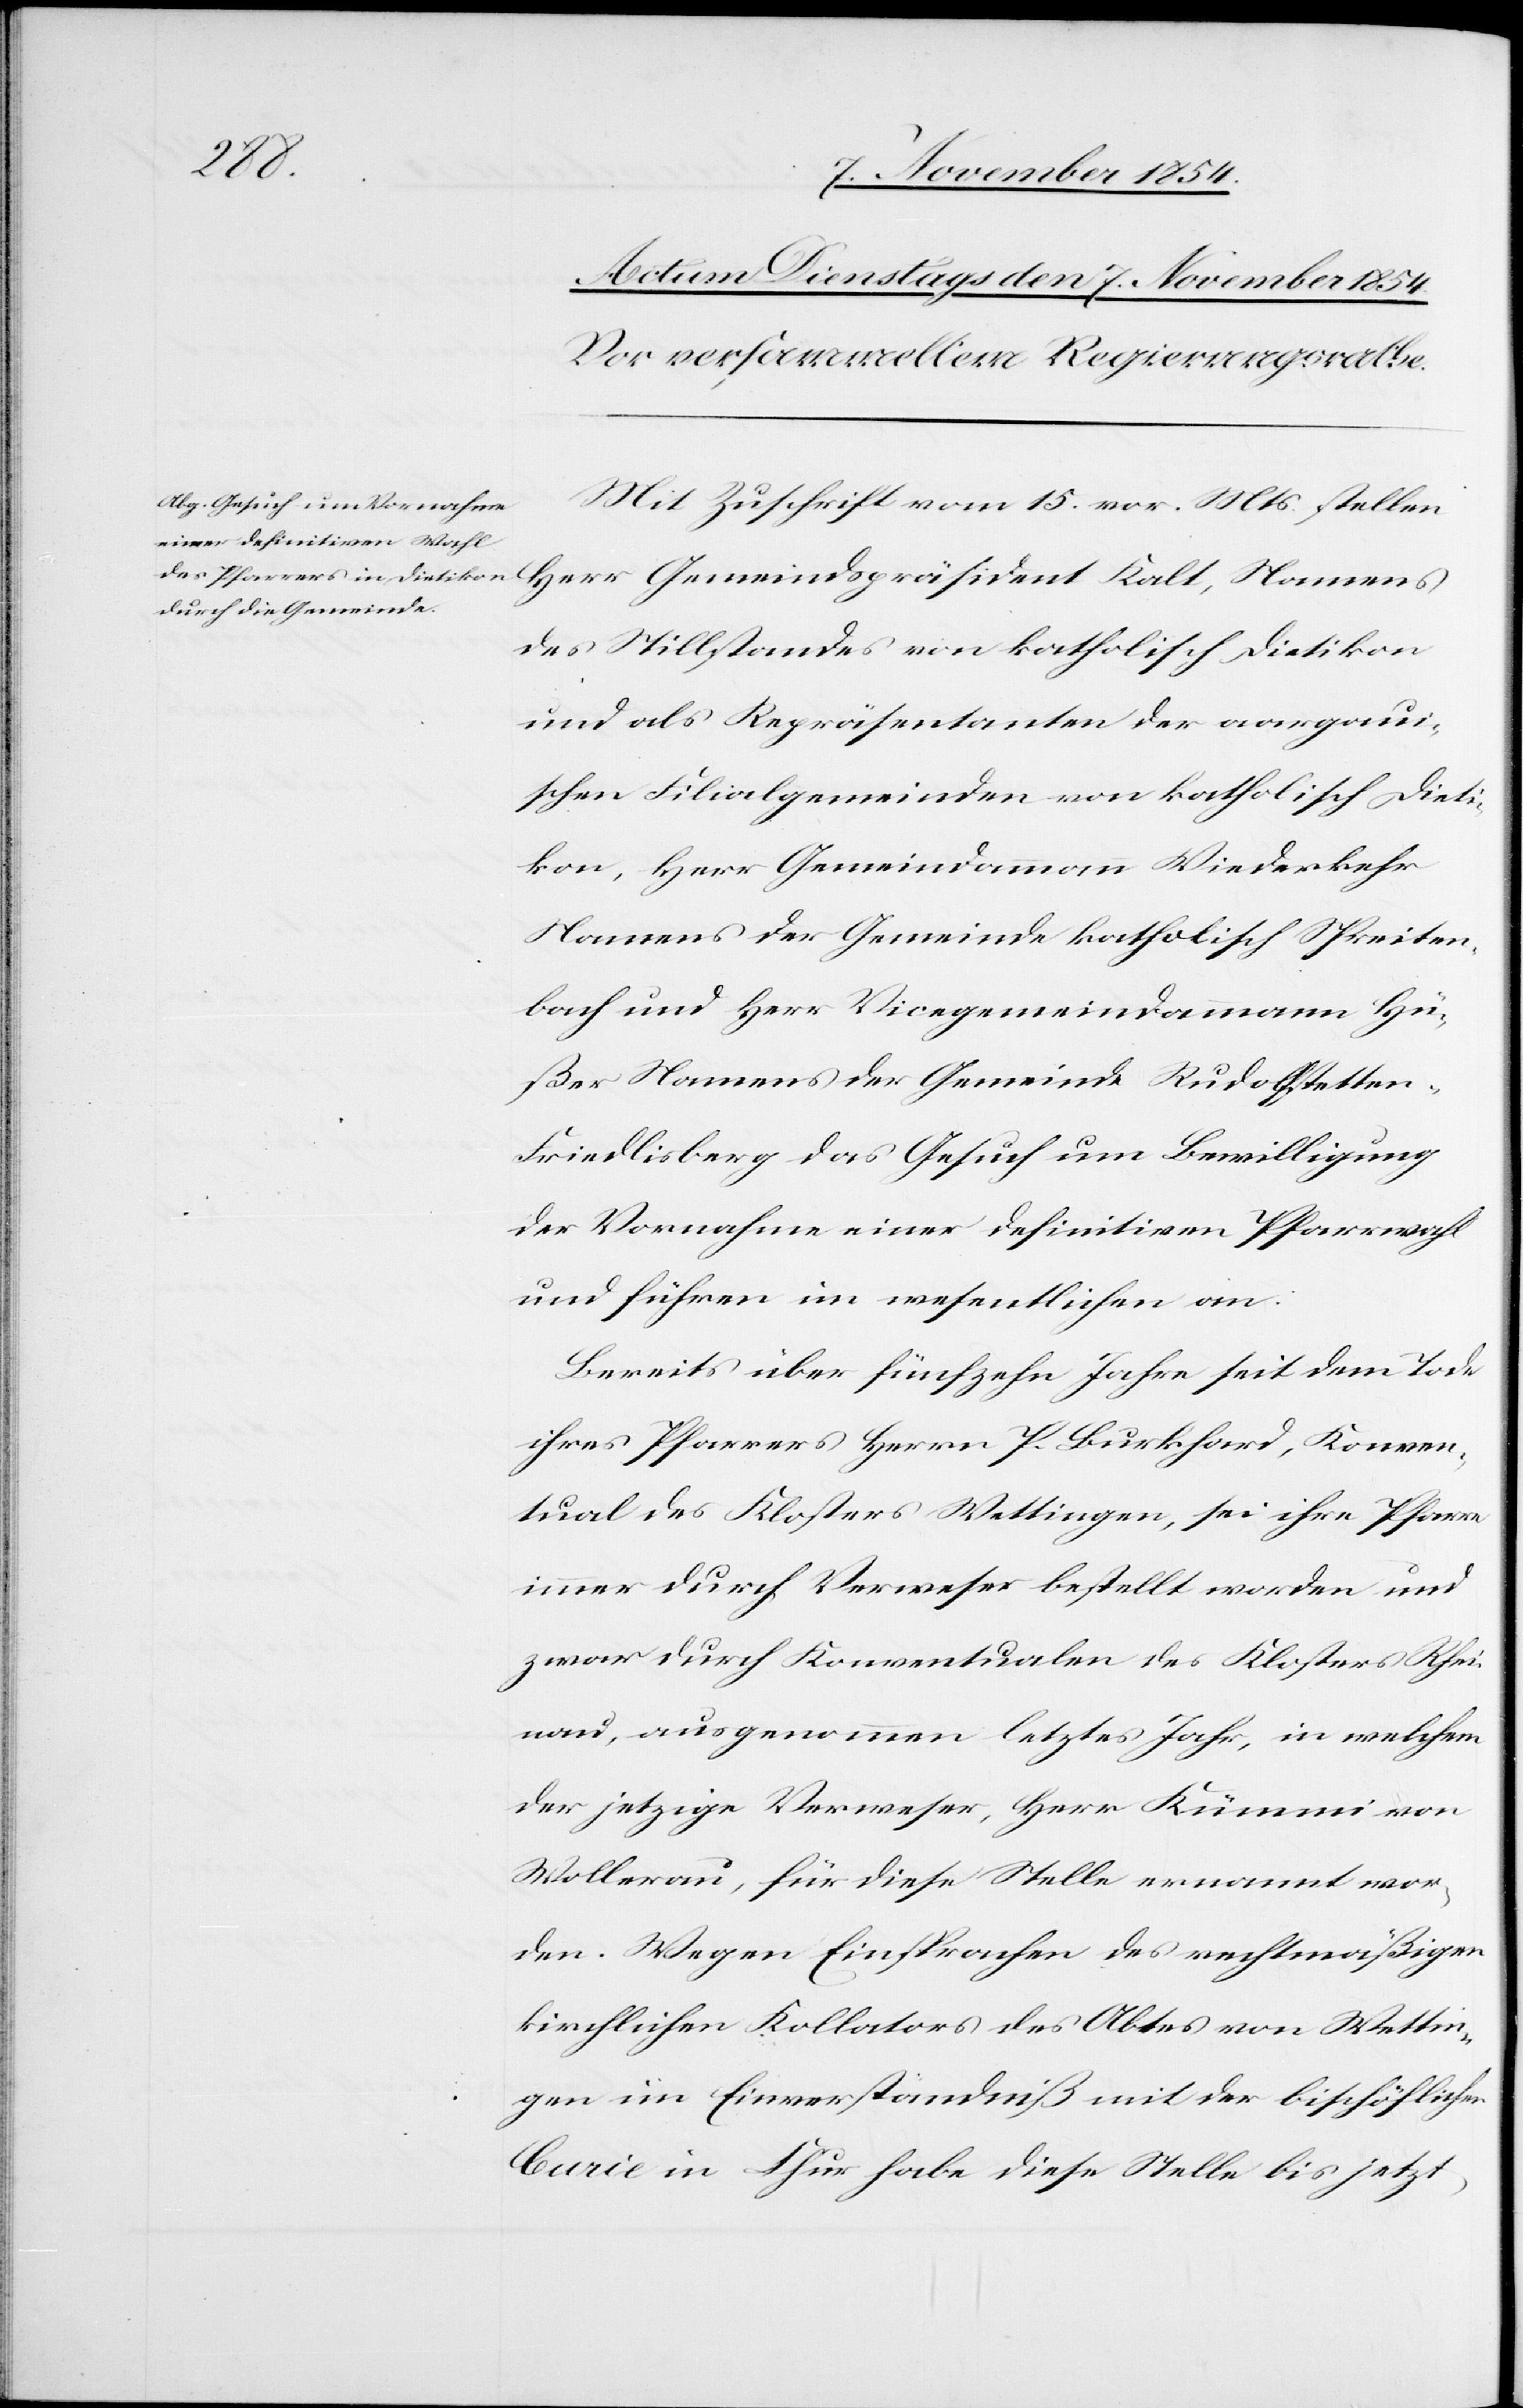
Mit Zuschrift vom 15. vor. Mts. stellen
des Stillstandes von katholisch Dietikon
und als Repräsentanten der aargaui¬
schen Filialgemeinden von katholisch Dieti¬
kon, Herr Gemeindammann Wiederkehr
Namens der Gemeinde katholisch Spreiten¬
bach und Herr Vicegemeindammann Hü¬
ßer Namens der Gemeinde Rudolfstetten-F¬
riedlisberg das Gesuch um Bewilligung
der Vornahme einer definitiven Pfarrwahl
und führen im wesentlichen an:
Bereits über fünfzehn Jahre seit dem Tode
ihres Pfarrers Herrn P. Burkhard, Konven¬
tual des Klosters Wettingen, sei ihre Pfarre
immer durch Verweser bestellt worden und
zwar durch Konventualen des Kloster Rhei¬
nau, ausgenommen letztes Jahr, in welchem
der jetzige Verweser, Herr Kümmi von
Wollerau, für diese Stelle ernannt wor¬
den. Wegen Einsprachen des rechtmäßigen
kirchlichen Kollators des Abtes von Wettin¬
gen im Einverständniß mit der bischöflichen
Curie in Chur habe diese Stelle bis jetzt